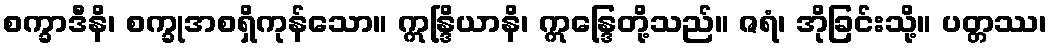
စက္ခာဒီနိ၊ စက္ခုအစရှိကုန်သော။ ဣန္ဒြိယာနိ၊ ဣန္ဒြေတို့သည်။ ဇရံ၊ အိုခြင်းသို့။ ပတ္တဿ၊